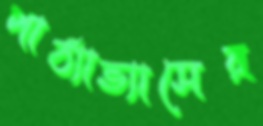
পাঠ্যাভ্যাসের